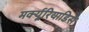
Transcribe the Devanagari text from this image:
मर्क्यूरियाडिस